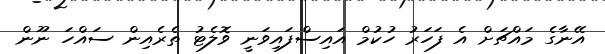
އޭނާގެ މައްޗަށް އެ ފަހަރު ހުކުމް އައިސްފައިވަނީ ވޮލެޓު ތެރެއިން ސައްހަ ނޫން